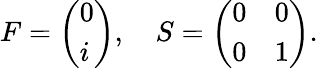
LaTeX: F=\left(\begin{array}{l}{0}\\ {i}\end{array}\right),\quad S=\left(\begin{array}{ll}{0}&{0}\\ {0}&{1}\end{array}\right).\, \,